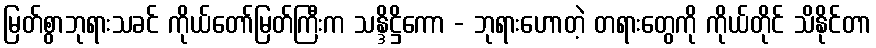
မြတ်စွာဘုရားသခင် ကိုယ်တော်မြတ်ကြီးက သန္ဒိဋ္ဌိကော - ဘုရားဟောတဲ့ တရားတွေကို ကိုယ်တိုင် သိနိုင်တာ